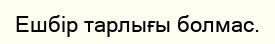
Ешбір тарлығы болмас.